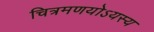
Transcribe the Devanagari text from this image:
चित्रमणयोऽयस्य